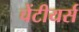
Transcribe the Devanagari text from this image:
चेंटीयर्स